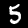
Digit: 5